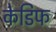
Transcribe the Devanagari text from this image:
केडिफ